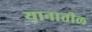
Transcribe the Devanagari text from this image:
यानातील